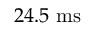
2 4 . 5 ~ \mathrm { m s }